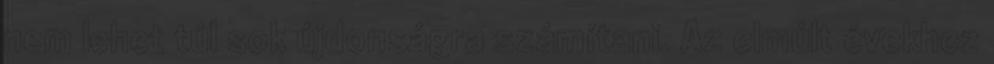
nem lehet túl sok újdonságra számítani. Az elmúlt évekhez